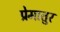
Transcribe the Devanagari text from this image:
प्रेमातुर